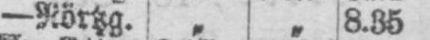
- Nörtzg. „ „ 8.35